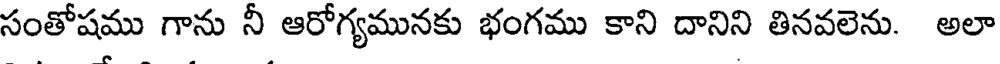
సంతోషము గాను నీ ఆరోగ్యమునకు భంగము కాని దానిని తినవలెను. అలా